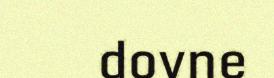
dovne